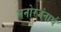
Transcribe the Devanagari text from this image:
मनोरजंनार्थ